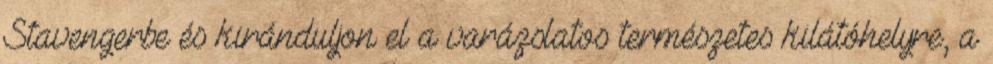
Stavengerbe és kiránduljon el a varázslatos természetes kilátóhelyre, a